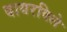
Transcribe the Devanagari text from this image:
वायरविले